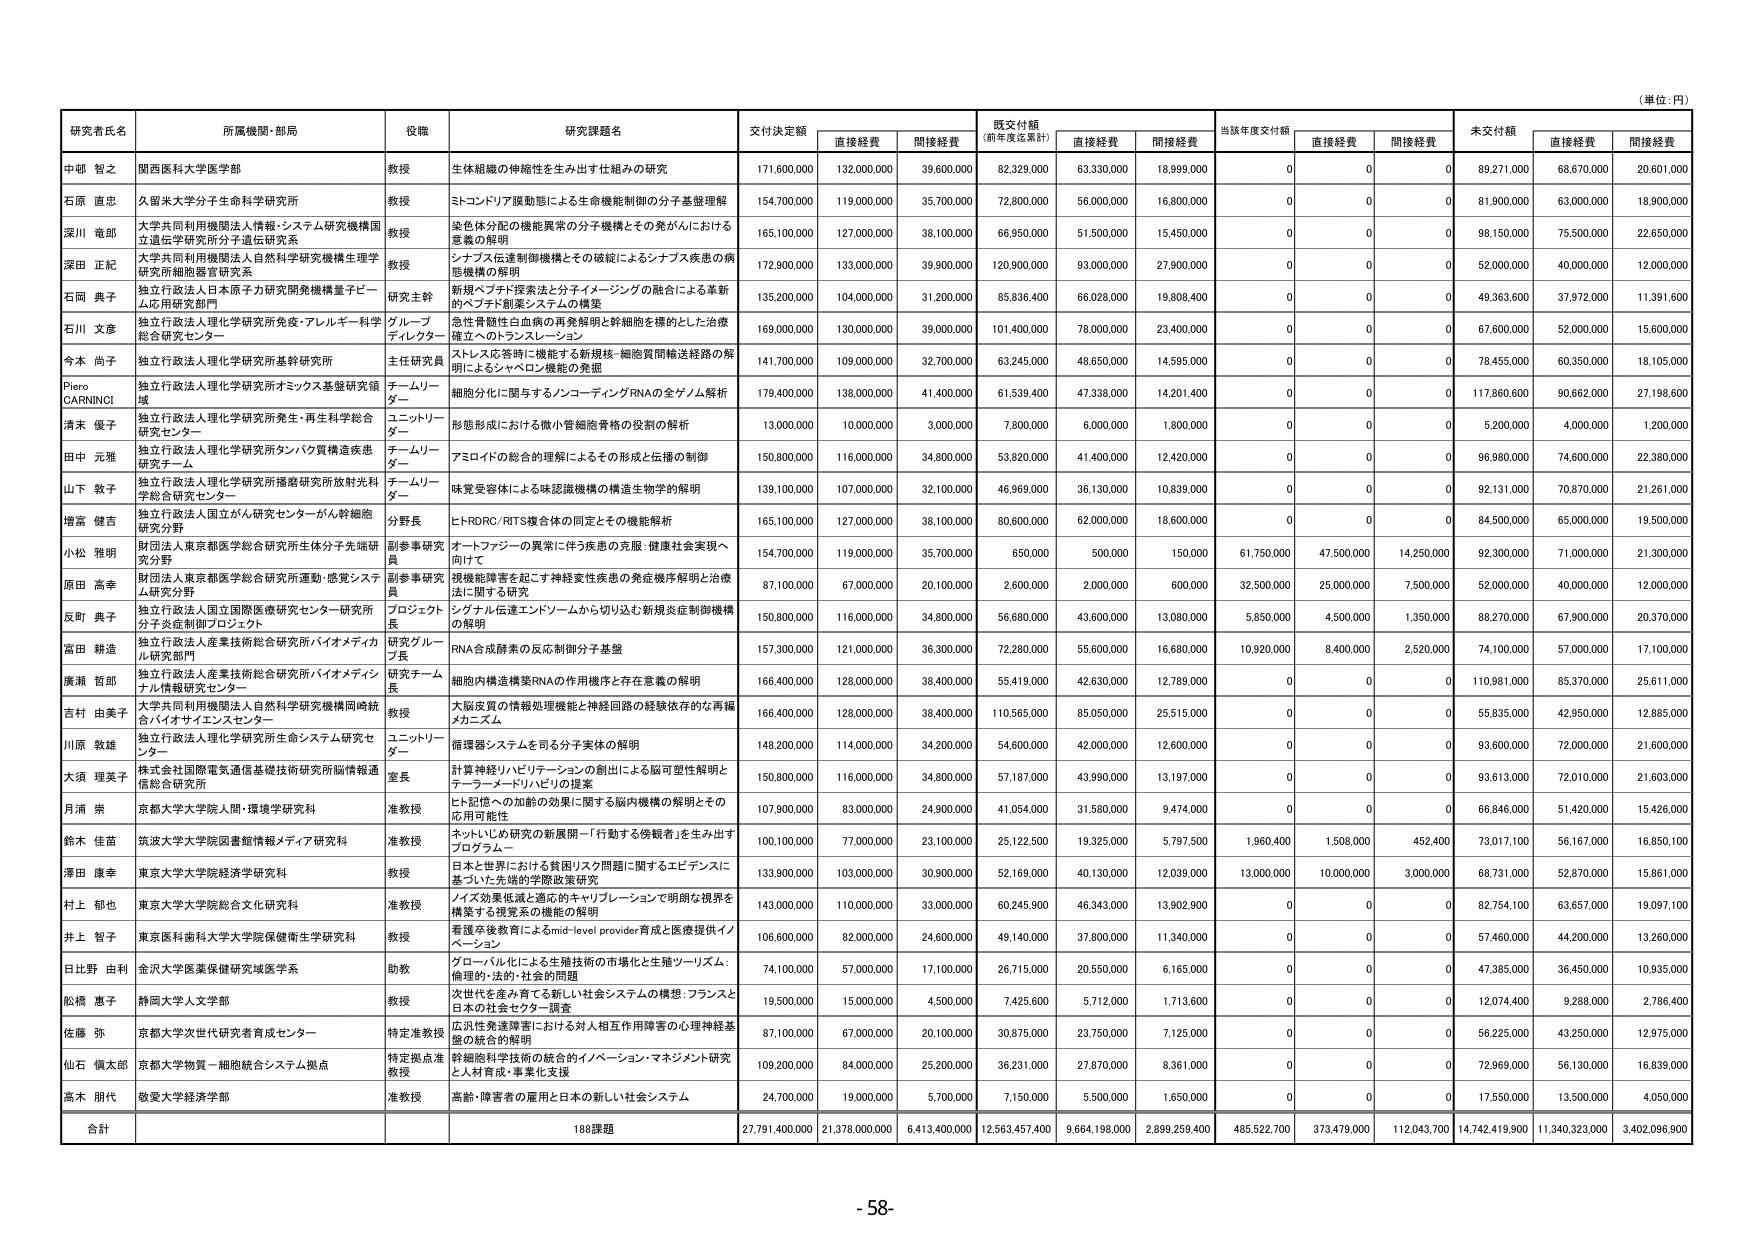
(単位：円)

研究者氏名 所属機関・部局 役職 研究課題名 支付決定額 直接経費 間接経費 既交付額 (前年度迄累計) 直接経費 間接経費 当該年度交付額 直接経費 間接経費 未交付額 直接経費 間接経費

中部 智之 関西医科大学医学部 教授 生体組織の伸縮性を生み出す仕組みの研究 171,600,000 132,000,000 39,600,000 82,329,000 63,330,000 18,999,000 0 0 0 89,271,000 68,670,000 20,601,000

石原 直忠 久留米大学分子生命科学研究所 教授 ミトコンドリア膜動態による生命機能制御の分子基盤理解 154,700,000 119,000,000 35,700,000 72,800,000 56,000,000 16,800,000 0 0 0 81,900,000 63,000,000 18,900,000

深川 竜郎 大学共同利用機関法人情報・システム研究機構国立遺伝学研究所分子遺伝研究系 教授 染色体分配の機能異常の分子機構とその発がんにおける悪質の解明 165,100,000 127,000,000 38,100,000 66,950,000 51,500,000 15,450,000 0 0 0 98,150,000 75,500,000 22,650,000

深田 正紀 大学共同利用機関法人自然科学研究機構生理学研究所機能器官研究系 教授 シナプス伝達制御機構とその破綻によるシナプス疾患の病態機構の解明 172,900,000 133,000,000 39,900,000 120,900,000 93,000,000 27,900,000 0 0 0 52,000,000 40,000,000 12,000,000

石岡 典子 独立行政法人日本原子力研究開発機構量子ビーム応用研究部門 研究主幹 新規ペプチド探索法と分子イメージングの融合による革新的ペプチド創薬システムの構築 135,200,000 104,000,000 31,200,000 85,836,400 66,028,000 19,808,400 0 0 0 49,363,600 37,972,000 11,391,600

石川 文彦 独立行政法人理化学研究所免疫・アレルギー科学総合研究センター グループディレクター 急性骨髄性白血病の再発解明と幹細胞を標的とした治療確立へのトランスレーショ 169,000,000 130,000,000 39,000,000 101,400,000 78,000,000 23,400,000 0 0 0 67,600,000 52,000,000 15,600,000

今本 尚子 独立行政法人理化学研究所基幹研究所 主任研究員 ストレス応答性に機能する新規核-細胞質間輸送経路の解明によるシャペロン機能の発掘 141,700,000 109,000,000 32,700,000 63,245,000 48,650,000 14,595,000 0 0 0 78,455,000 60,350,000 18,105,000

Piero CARNINCI 独立行政法人理化学研究所オミックス基盤研究領域 チームリーダー 細胞分化に関与するノンコーディングRNAの全ゲノム解析 179,400,000 138,000,000 41,400,000 61,539,400 47,338,000 14,201,400 0 0 0 117,860,600 90,662,000 27,198,600

清末 優子 独立行政法人理化学研究所発生・再生科学総合研究センター ユニットリーダー 形態形成における微小管細胞骨格の役割の解析 13,000,000 10,000,000 3,000,000 7,800,000 6,000,000 1,800,000 0 0 0 5,200,000 4,000,000 1,200,000

田中 元雅 独立行政法人理化学研究所タンパク質構造疾患研究チーム チームリーダー アミロイドの総合的理 解によるその形成と伝播の制御 150,800,000 116,000,000 34,800,000 53,820,000 41,400,000 12,420,000 0 0 0 96,980,000 74,600,000 22,380,000

山下 敦子 独立行政法人理化学研究所播磨研究所放射光科学総合研究センター チームリーダー 味覚受容体による味認識機構の構造生物学的解明 139,100,000 107,000,000 32,100,000 46,969,000 36,130,000 10,839,000 0 0 0 92,131,000 70,870,000 21,261,000

増宮 健吉 独立行政法人国立がん研究センターがん幹細胞研究分野 分野長 ヒトDRC/RITS複合体の同定とその機能解析 165,100,000 127,000,000 38,100,000 80,600,000 62,000,000 18,600,000 0 0 0 84,500,000 65,000,000 19,500,000

小松 雅明 財団法人東京都医学総合研究所生体分子先端研究分野 副参事研究員 オートファジーの異常に伴う疾患の克服・健康社会実現へ向け 154,700,000 119,000,000 35,700,000 650,000 500,000 150,000 61,750,000 47,500,000 14,250,000 92,300,000 71,000,000 21,300,000

原田 高幸 財団法人東京都医学総合研究所運動・感覚システム研究分野 副参事研究員 視機能障害を起こす神経変性疾患の発症機序解明と治療法に関する研究 87,100,000 67,000,000 20,100,000 2,600,000 2,000,000 600,000 32,500,000 25,000,000 7,500,000 52,000,000 40,000,000 12,000,000

反町 典子 独立行政法人国立国際医療研究センター研究所分子炎症制御プロジェクト プロジェクト長 シグナル伝達エンドソームから切り込む新規炎症制御機構の解明 150,800,000 116,000,000 34,800,000 56,680,000 43,600,000 13,080,000 5,850,000 4,500,000 1,350,000 88,270,000 67,900,000 20,370,000

富田 耕造 独立行政法人産業技術総合研究所バイオメディカル研究部門 研究グループ長 RNA合成酵素の反応制御分子基盤 157,300,000 121,000,000 36,300,000 72,280,000 55,600,000 16,680,000 10,920,000 8,400,000 2,520,000 74,100,000 57,000,000 17,100,000

廣瀬 哲郎 独立行政法人産業技術総合研究所バイオメディシナル情報研究センター 研究チーム長 細胞内構造構築RNAの作用機序と存在意義の解明 166,400,000 128,000,000 38,400,000 55,419,000 42,630,000 12,789,000 0 0 0 110,981,000 85,370,000 25,611,000

吉村 由美子 大学共同利用機関法人自然科学研究機構岡崎統合バイオサイエンスセンター 教授 大脳皮質の情報処理機能と神経回路の経験依存的な再編メカニズム 166,400,000 128,000,000 38,400,000 110,565,000 85,050,000 25,515,000 0 0 0 55,835,000 42,950,000 12,885,000

川原 敦雄 独立行政法人理化学研究所生命システム研究センター ユニットリーダー 循環器システムを司る分子実体の解明 148,200,000 114,000,000 34,200,000 54,600,000 42,000,000 12,600,000 0 0 0 93,600,000 72,000,000 21,600,000

大須 理英子 株式会社国際電気通信基礎技術研究所脳情報通信総合研究所 室長 計算神経リハビリテーションの創出による脳可塑性解明とテーラーメードリハビリの提案 150,800,000 116,000,000 34,800,000 57,187,000 43,990,000 13,197,000 0 0 0 93,613,000 72,010,000 21,603,000

月浦 崇 京都大学大学院人間・環境学研究科 准教授 ヒト記憶への加齢の効果に関する脳内機構の解明とその応用可能性 107,900,000 83,000,000 24,900,000 41,054,000 31,580,000 9,474,000 0 0 0 66,846,000 51,420,000 15,426,000

鈴木 佳苗 筑波大学大学院図書館情報メディア研究科 准教授 ネットいじめ研究の新展開－「行動する傍観者」を生み出すプログラム－ 100,100,000 77,000,000 23,100,000 25,122,500 19,325,000 5,797,500 1,960,400 1,508,000 452,400 73,017,100 56,167,000 16,850,100

澤田 康幸 東京大学大学院経済学研究科 教授 日本と世界における貧困リスク問題に関するエビデンスに基づいた先端的学際政策研究 133,900,000 103,000,000 30,900,000 52,169,000 40,130,000 12,039,000 13,000,000 10,000,000 3,000,000 68,731,000 52,870,000 15,861,000

村上 郁也 東京大学大学院総合文化研究科 准教授 ノイズ効果低減と適応的キャリブレーションで明確な視界を構築する視覚系の機能の解明 143,000,000 110,000,000 33,000,000 60,245,900 46,343,000 13,902,900 0 0 0 82,754,100 63,657,000 19,097,100

井上 智子 東京医科歯科大学大学院保健衛生学研究科 教授 看護卒後教育によるmid-level provider育成と医療提供イノベーション 106,600,000 82,000,000 24,600,000 49,140,000 37,800,000 11,340,000 0 0 0 57,460,000 44,200,000 13,260,000

日比野 由利 金沢大学医薬保健研究域医学系 助教 グローバル化による生殖技術の市場化と生殖ツーリズム：倫理的・法的・社会的問題 74,100,000 57,000,000 17,100,000 26,715,000 20,550,000 6,165,000 0 0 0 47,385,000 36,450,000 10,935,000

松橋 恵子 静岡大学人文学部 教授 次世代を産み育てる新しい社会システムの構想：フランスと日本の社会セクター調査 19,500,000 15,000,000 4,500,000 7,425,600 5,712,000 1,713,600 0 0 0 12,074,400 9,288,000 2,786,400

佐藤 弥 京都大学次世代研究者育成センター 特定准教授 広汎性発達障害における対人相互作用障害の心理神経基盤の統合的解明 87,100,000 67,000,000 20,100,000 30,875,000 23,750,000 7,125,000 0 0 0 56,225,000 43,250,000 12,975,000

仙石 順太郎 京都大学物質－細胞統合システム拠点 特定拠点准教授 幹細胞科学技術の統合的イノベーション・マネジメント研究と人材育成・事業化支援 109,200,000 84,000,000 25,200,000 36,231,000 27,870,000 8,361,000 0 0 0 72,969,000 56,130,000 16,839,000

高木 朋代 敬愛大学経済学部 准教授 高齢・障害者の雇用と日本の新しい社会システム 24,700,000 19,000,000 5,700,000 7,150,000 5,500,000 1,650,000 0 0 0 17,550,000 13,500,000 4,050,000

合計 188課題 27,791,400,000 21,378,000,000 6,413,400,000 12,563,457,400 9,664,198,000 2,899,259,400 485,522,700 373,479,000 112,043,700 14,742,419,900 11,340,323,000 3,402,096,900

- 58 -